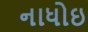
નાધોઇ